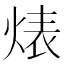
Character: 𱫑